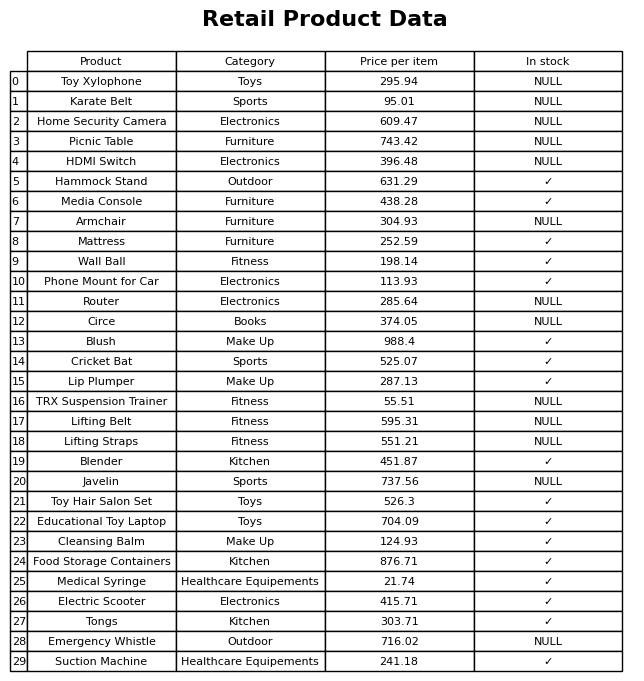
question: What is the stock status of the Phone Mount for Car?
answer: ✓